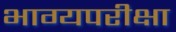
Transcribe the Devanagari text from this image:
भाग्यपरीक्षा